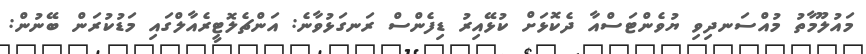
މައުލޫމާތު މުއްސަނދިވި ޔުވެންޓަސްއާ ދެކޮޅަށް ކުޅޭއިރު ޑިފެންސް ރަނގަޅުވާނެ: އަންޗެލޮޓީރެއާލްގައި މަޑުކުރަން ބޭނުން: